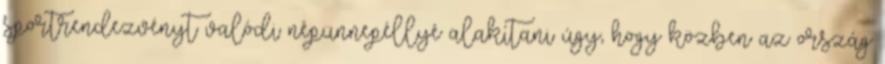
sportrendezvényt valódi népünnepéllyé alakítani úgy, hogy közben az ország